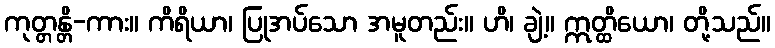
ကုတ္တန္တိ-ကား။ ကိရိယာ၊ ပြုအပ်သော အမူတည်း။ ဟိ၊ ချဲ့။ ဣတ္ထိယော၊ တို့သည်။